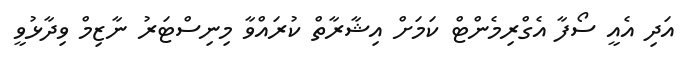
އަދި އެއީ ސޯފާ އެގްރިމެންޓް ކަމަށް އިޝާރާތް ކުރައްވާ މިނިސްޓަރު ނާޒިމް ވިދާޅުވީ